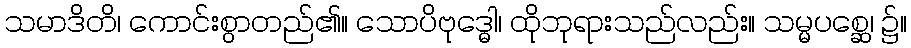
သမာဒိတိ၊ ကောင်းစွာတည်၏။ သောပိဗုဒ္ဓေါ၊ ထိုဘုရားသည်လည်း။ သမ္မပစ္ဆေ၊ ၌။